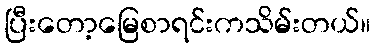
ပြီးတော့မြေစာရင်းကသိမ်းတယ်။